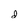
Character: d